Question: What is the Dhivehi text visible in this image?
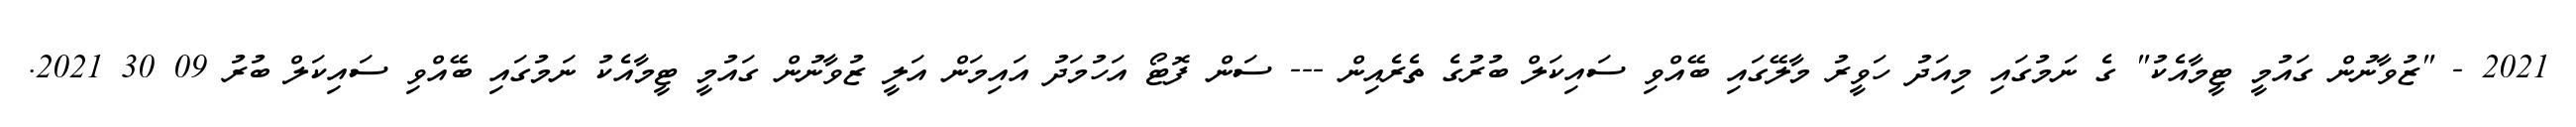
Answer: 2021 - "ޒުވާނުން ގައުމީ ޓީމާއެކު" ގެ ނަމުގައި މިއަދު ހަވީރު މާލޭގައި ބޭއްވި ސައިކަލް ބުރުގެ ތެރެއިން --- ސަން ފޮޓޯ އަހުމަދު އައިމަން އަލީ ޒުވާނުން ގައުމީ ޓީމާއެކު ނަމުގައި ބޭއްވި ސައިކަލް ބުރު 09 30 2021.